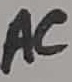
Text: AC